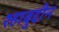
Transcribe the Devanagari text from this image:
श्हाबुद्दीन